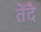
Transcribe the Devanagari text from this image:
तेंदै